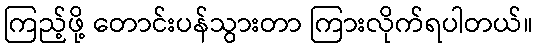
ကြည့်ဖို့ တောင်းပန်သွားတာ ကြားလိုက်ရပါတယ်။